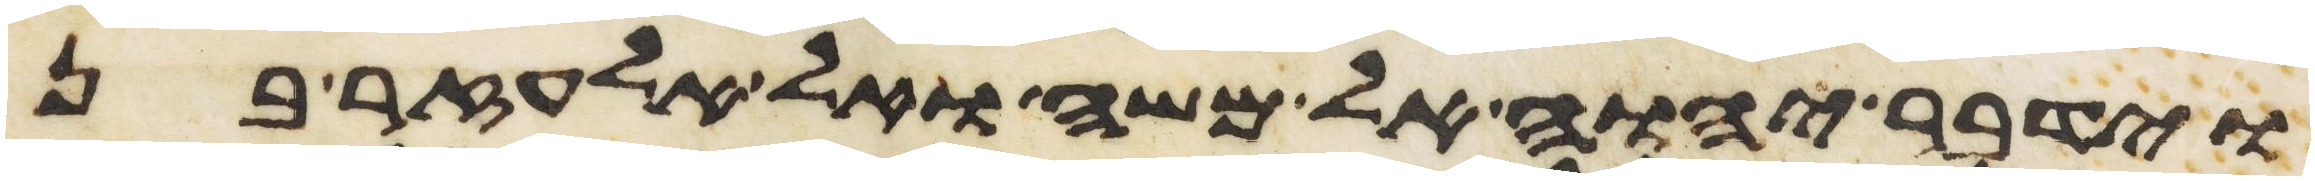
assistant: וידבר יהוה אל משה ואל אלעזר בן